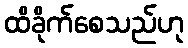
ထိခိုက်စေသည်ဟု